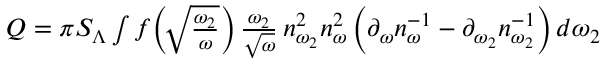
\begin{array} { r } { Q = \pi S _ { \Lambda } \int f \! \left( \! \sqrt { \frac { \omega _ { 2 } } { \omega } } \right) \frac { \omega _ { 2 } } { \sqrt { \omega } } \, n _ { \omega _ { 2 } } ^ { 2 } n _ { \omega } ^ { 2 } \left( \partial _ { \omega } n _ { \omega } ^ { - 1 } - \partial _ { \omega _ { 2 } } n _ { \omega _ { 2 } } ^ { - 1 } \right) d \omega _ { 2 } } \end{array}